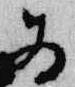
為